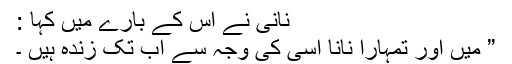
نانی نے اس کے بارے میں کہا :
” میں اور تمہارا نانا اسی کی وجہ سے اب تک زندہ ہیں ۔